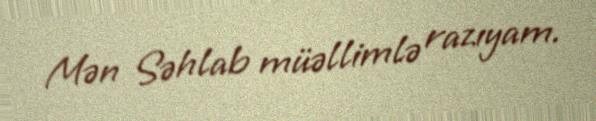
Mən Səhlab müəllimlə razıyam.